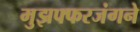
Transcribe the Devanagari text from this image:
मुझफ्फरजंगने